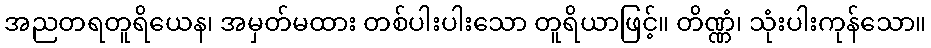
အညတရတူရိယေန၊ အမှတ်မထား တစ်ပါးပါးသော တူရိယာဖြင့်။ တိဏ္ဏံ၊ သုံးပါးကုန်သော။